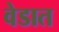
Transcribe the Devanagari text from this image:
वेडात